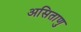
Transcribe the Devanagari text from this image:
असिताणु